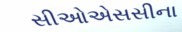
સીઓએસસીના